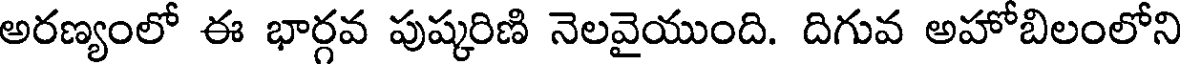
అరణ్యంలో ఈ భార్గవ పుష్కరిణి నెలవైయుంది. దిగువ అహోబిలంలోని